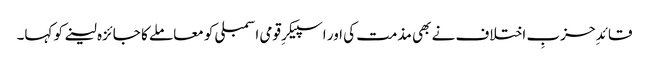
قائدِ حزبِ اختلاف نے بھی مذمت کی اور اسپیکرِ قومی اسمبلی کو معاملے کا جائزہ لینے کو کہا۔